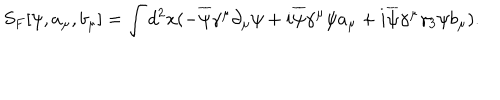
S _ { F } [ \psi , a _ { \mu } , b _ { \mu } ] = \int d ^ { 2 } x ( - \overline { { { \psi } } } \gamma ^ { \mu } \partial _ { \mu } \psi + i \overline { { { \psi } } } \gamma ^ { \mu } \psi a _ { \mu } + i \overline { { { \psi } } } \gamma ^ { \mu } \gamma _ { 3 } \psi b _ { \mu } ) .